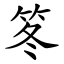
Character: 笗